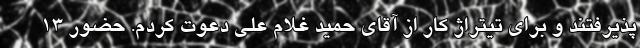
پذیرفتند و برای تیتراژ کار از آقای حمید غلام علی دعوت کردم. حضور ۱۳